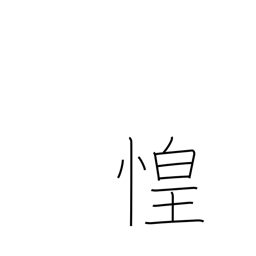
Meaning: fear